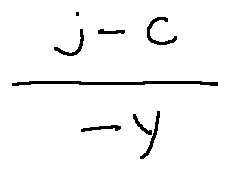
\frac { j - c } { - y }